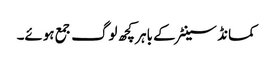
کمانڈ سینٹر کے باہر کچھ لوگ جمع ہوئے۔